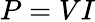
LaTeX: P=VI